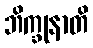
ဘိက္ခုနာတိ